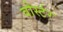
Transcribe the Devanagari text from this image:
वोर्स्टर